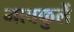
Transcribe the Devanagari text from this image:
भावफुलें